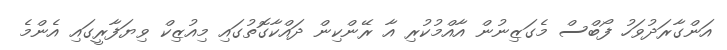
އަންގާރަދުވަހު ފޯބްސް މެގަޒިނުން އާއްމުކުރި އާ ރޭންކިން ދައްކާގޮތުގައި މިއުޒިކް ވިޔަފާރީގައި އެންމެ